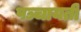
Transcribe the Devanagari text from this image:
पञ्चायती